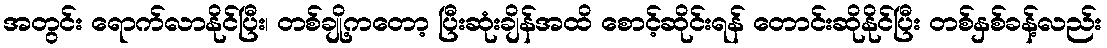
အတွင်း ရောက်လာနိုင်ပြီး၊ တစ်ချို့ကတော့ ပြီးဆုံးချိန်အထိ စောင့်ဆိုင်းရန် တောင်းဆိုနိုင်ပြီး တစ်နှစ်ခန့်လည်း